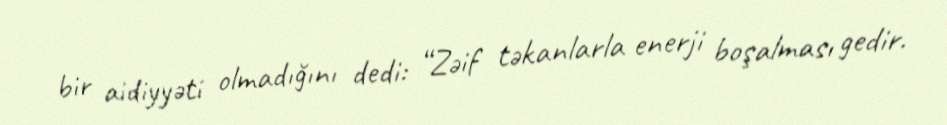
bir aidiyyəti olmadığını dedi: “Zəif təkanlarla enerji boşalması gedir.